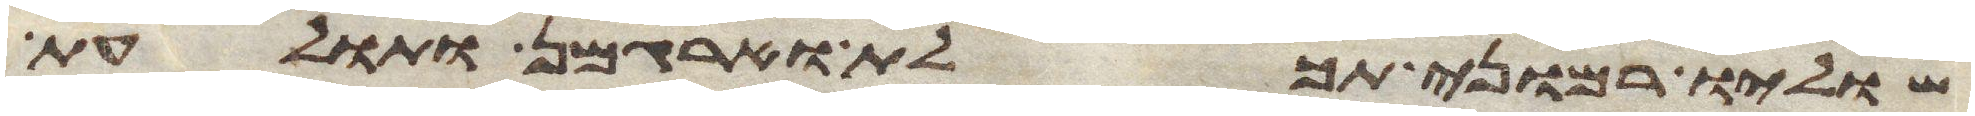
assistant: שוליו רמוני תכלת וארגמן ותולעת